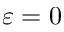
\varepsilon = 0